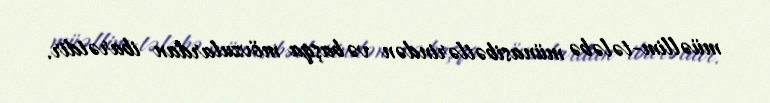
müəllim-tələbə münasibətlərindən və başqa mövzulardan ibarətdir.